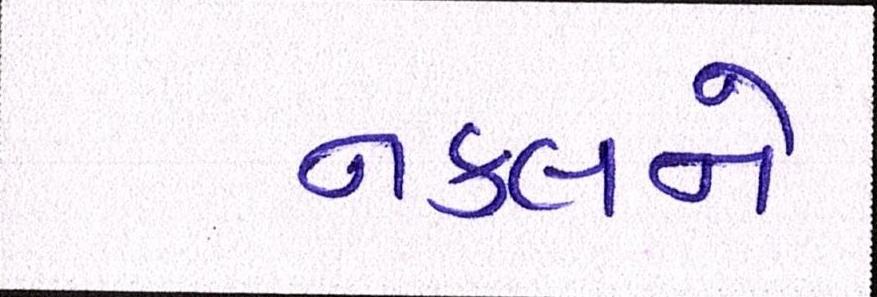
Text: નકલને